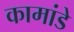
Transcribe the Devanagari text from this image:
कामांडे